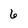
Character: 6